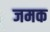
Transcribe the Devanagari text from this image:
जमक